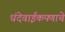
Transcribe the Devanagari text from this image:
धंदेवाईकपणाचे